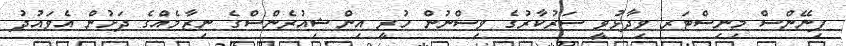
ފިނޭންސް މިނިސްޓަރ ވިދާޅުވީ ސަރުކާރުގެ ވިސްނުން ހުރީ އިންޝިއުރެންސްގެ ނިޒާމެއްގެ ދަށުން އެވައުދު